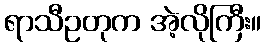
ရာသီဥတုက အဲ့လိုကြီး။